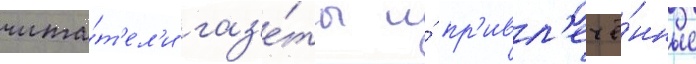
чита́т'ел'и газ'е́ты и́ пр'ивл'ечё́нные